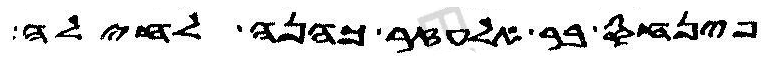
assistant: פינחס בר אלעזר כהנה לחילה